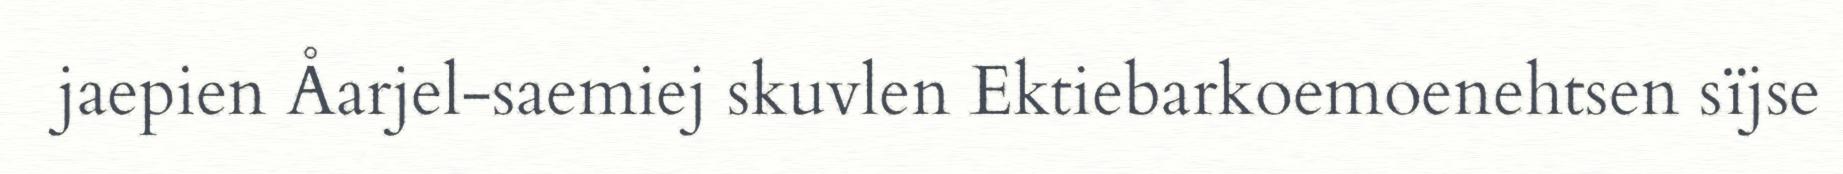
jaepien Åarjel-saemiej skuvlen Ektiebarkoemoenehtsen sïjse